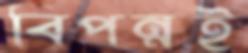
বিপন্নই